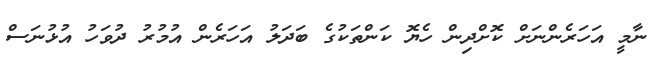
ނާމީ އަހަރެންނަށް ކޮށްދިން ހެޔޮ ކަންތަކުގެ ބަދަލު އަހަރެން އުމުރު ދުވަހު އުޅުނަސް